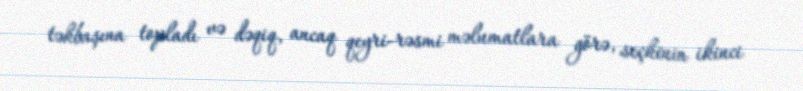
təkbaşına topladı və dəqiq, ancaq qeyri-rəsmi məlumatlara görə, seçkinin ikinci